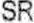
SR